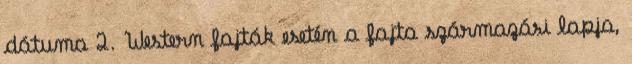
dátuma 2. Western fajták esetén a fajta származási lapja,